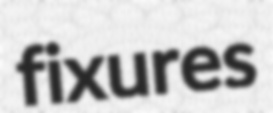
fixures